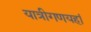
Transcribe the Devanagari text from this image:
यात्रीगणयहां